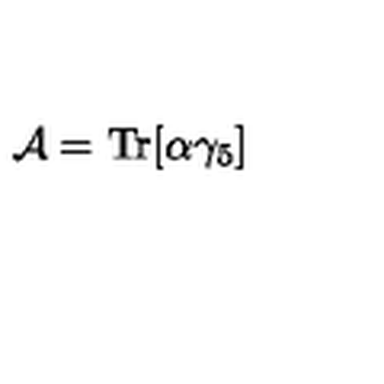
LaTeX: { \cal A } = \mathrm { T r } [ \alpha \gamma _ { 5 } ]